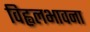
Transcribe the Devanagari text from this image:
विह्वलभावना